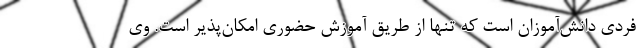
فردی دانش‌آموزان است که تنها از طریق آموزش حضوری امکان‌پذیر است. وی